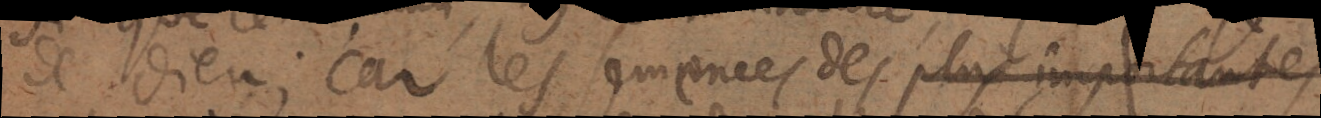
de Dieu; car les semences des plus importantes